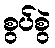
စွပ်စွဲ